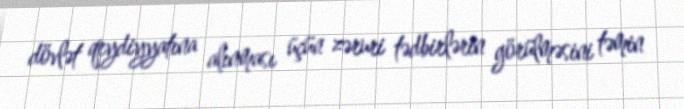
dövlət qeydiyyatına alınması üçün zəruri tədbirlərin görülməsini təmin